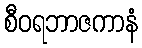
စီဝရဘာဇကာနံ